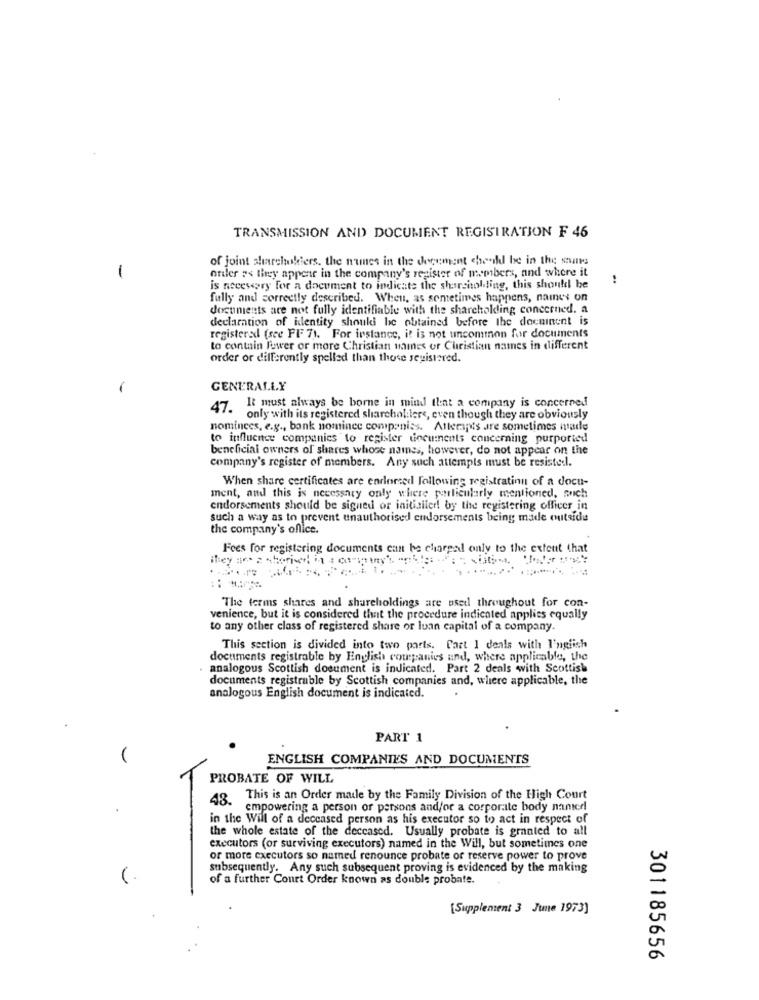
TRANSMISSION AND DOCUMENT REGISTRATION F 46
of joint shareholders, the nunes in the document cheeldl be in the swans
ortler as they appear in the company's register of members, and where it
-
:
is necessary for a document to indicate the sharsholdting, this should be
fully and correctly described. When, as sometimes happens, names on
documents are not fully identifiable with the shareholding concerned. a
declaration of identity should be obtained before the docninent is
registered (see FF 7). For instance, it is not uncommon for documents
to contain lower or more Christian mames or Christian names in different
order or differently spelled than those registered.
-
GENERALLY
47. It must always be borne in mind that a company is concerned
· only with its registered shareholdlere, even though they are obviously
nominees, e.g ., bank nomince companies. Atterapis are sometimes made
to influence companies to register documents concerning purported
beneficial owners of shares whose name ,, however, do not appear on the
company's register of members. Any such attempts must be resiste:l.
When share certificates are endorsed Following registratinn of a docu-
ment, and this is necessary only where particularly mentioned, nich
endorsements should be signed or initiailed by the registering officer in
such a way as to prevent unauthorised endorsements being made outside
the company's office.
Fees for registering documents can be chargal only to the extent that
The terms shares and shareholdings are used throughout for con-
venience, but it is considered that the procedure indicated applies equally
to any other class of registered share or luan capital of a company.
This section is divided into two parts. Cart 1 deals with I'nglich
documents registrable by English companies und, where applicable, the
analogous Scottish document is indicated. Part 2 deals with Scottish
documents registrable by Scottish companies and, where applicable, the
analogous English document is indicated.
PART 1
ENGLISH COMPANIES AND DOCUMENTS
PROBATE OF WILL
43. This is an Order maile by the Family Division of the High Court
empowering a person or persons and/or a corporate body manterl
in the Will of a deceased person as his executor so to act in respect of
the whole estate of the deceased. Usually probate is granted to all
executors (or surviving executors) named in the Will, but sometimes one
or more executors so named renounce probate or reserve power to prove
subsequently. Any such subsequent proving is evidenced by the making
of a further Court Order known as double probate
[Supplement 3 June 1973]
301185656